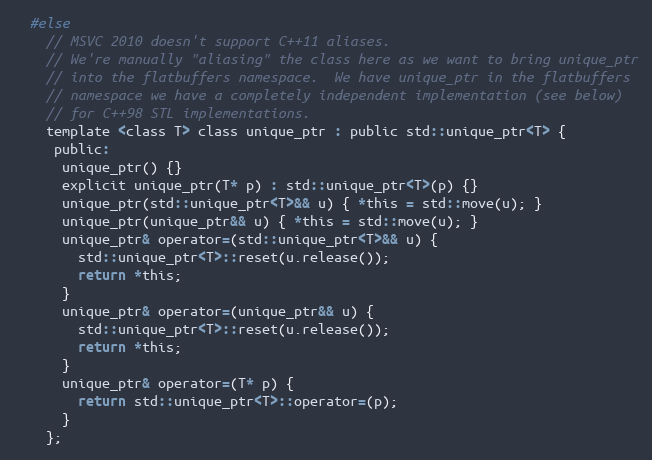
Language: C
  #else
    // MSVC 2010 doesn't support C++11 aliases.
    // We're manually "aliasing" the class here as we want to bring unique_ptr
    // into the flatbuffers namespace.  We have unique_ptr in the flatbuffers
    // namespace we have a completely independent implementation (see below)
    // for C++98 STL implementations.
    template <class T> class unique_ptr : public std::unique_ptr<T> {
     public:
      unique_ptr() {}
      explicit unique_ptr(T* p) : std::unique_ptr<T>(p) {}
      unique_ptr(std::unique_ptr<T>&& u) { *this = std::move(u); }
      unique_ptr(unique_ptr&& u) { *this = std::move(u); }
      unique_ptr& operator=(std::unique_ptr<T>&& u) {
        std::unique_ptr<T>::reset(u.release());
        return *this;
      }
      unique_ptr& operator=(unique_ptr&& u) {
        std::unique_ptr<T>::reset(u.release());
        return *this;
      }
      unique_ptr& operator=(T* p) {
        return std::unique_ptr<T>::operator=(p);
      }
    };